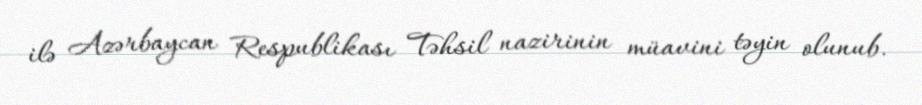
ilə Azərbaycan Respublikası Təhsil nazirinin müavini təyin olunub.